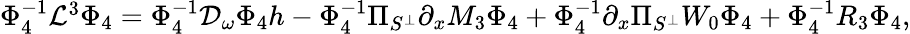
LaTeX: \begin{array}{r}{\Phi_{4}^{-1}\mathcal{L}^{3}\Phi_{4}=\Phi_{4}^{-1}\mathcal{D}_{\omega}\Phi_{4}h-\Phi_{4}^{-1}\Pi_{S^{\perp}}\partial_{x}M_{3}\Phi_{4}+\Phi_{4}^{-1}\partial_{x}\Pi_{S^{\perp}}W_{0}\Phi_{4}+\Phi_{4}^{-1}R_{3}\Phi_{4},}\end{array}